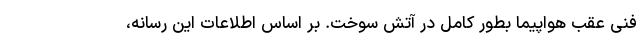
فنی عقب هواپیما بطور کامل در آتش سوخت. بر اساس اطلاعات این رسانه،